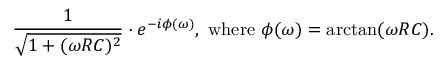
{ \frac { 1 } { \sqrt { 1 + ( \omega R C ) ^ { 2 } } } } \cdot e ^ { - i \phi ( \omega ) } , { \mathrm { ~ w h e r e ~ } } \phi ( \omega ) = \arctan ( \omega R C ) .